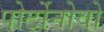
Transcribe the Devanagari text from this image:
पोर्टोनोवो